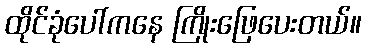
ထိုင်ခုံပေါ်ကနေ ကြိုးဖြေပေးတယ်။